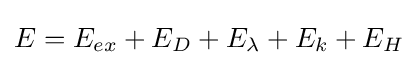
E=E_{ex}+E_{D}+E_{\lambda }+E_{k}+E_{H}